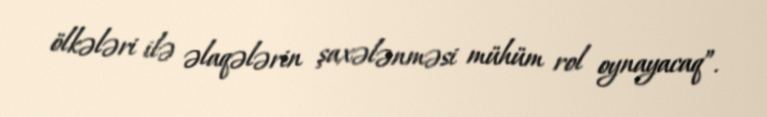
ölkələri ilə əlaqələrin şaxələnməsi mühüm rol oynayacaq”.